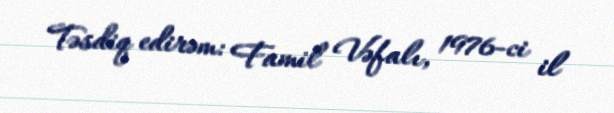
Təsdiq edirəm: Famil Vəfalı, 1976-ci il